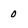
Character: 0